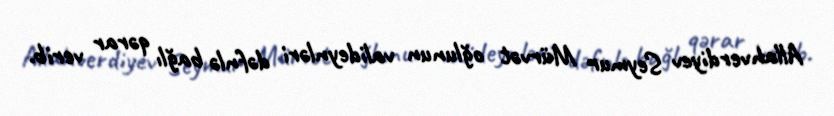
Allahverdiyev Seymur Mürvət oğlunun valideynləri dəfnlə bağlı qərar verib.